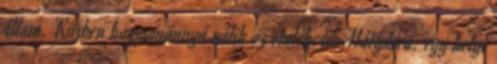
állam. Közben hagyománnyá válik az emlékezés Mátyásra: egy helyi